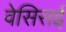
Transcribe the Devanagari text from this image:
वेसिसई